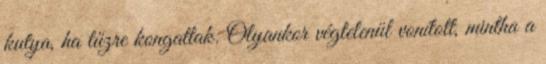
kutya, ha tűzre kongattak. Olyankor végtelenül vonított, mintha a